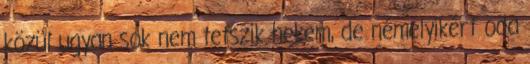
közül ugyan sok nem tetszik nekem, de némelyikért oda